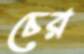
চের